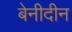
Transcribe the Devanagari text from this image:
बेनीदीन